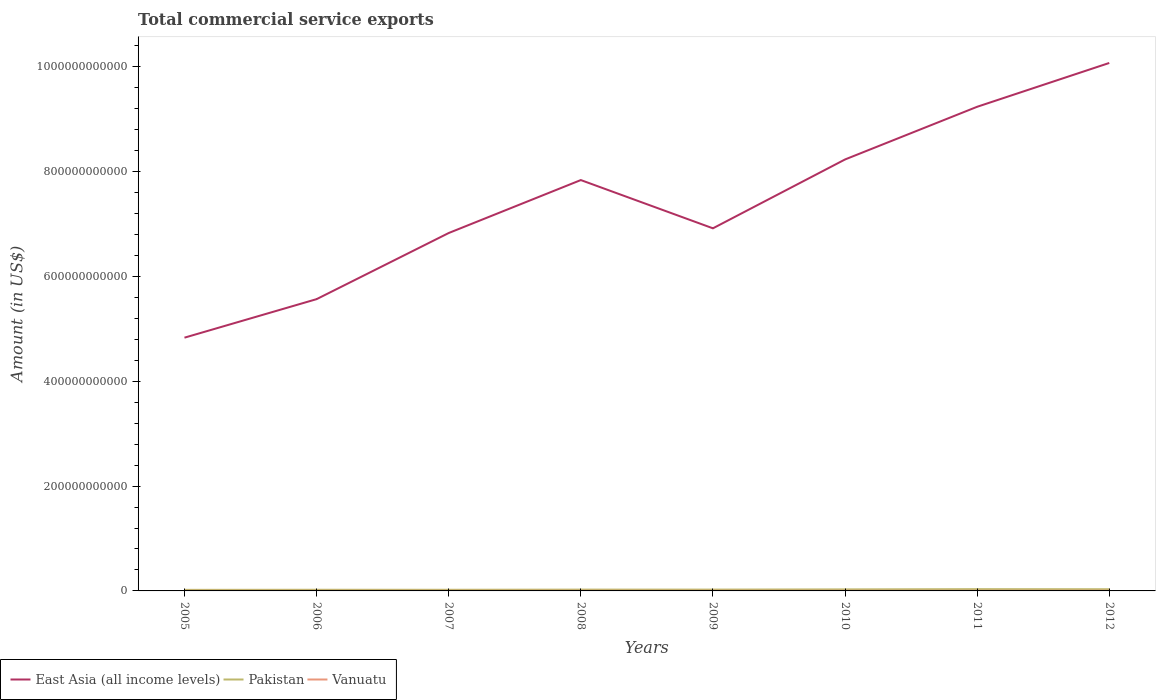
| Years | East Asia (all income levels) | Pakistan | Vanuatu |
 | --- | --- | --- | --- |
 | 2005 | 4.83e+11 | 2.03e+09 | 1.35e+08 |
 | 2006 | 5.57e+11 | 2.22e+09 | 1.4e+08 |
 | 2007 | 6.83e+11 | 2.18e+09 | 1.77e+08 |
 | 2008 | 7.84e+11 | 2.52e+09 | 2.25e+08 |
 | 2009 | 6.92e+11 | 2.52e+09 | 2.41e+08 |
 | 2010 | 8.23e+11 | 2.93e+09 | 2.71e+08 |
 | 2011 | 9.24e+11 | 3.37e+09 | 2.81e+08 |
 | 2012 | 1.01e+12 | 3.2e+09 | 3.15e+08 |